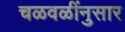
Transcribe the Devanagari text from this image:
चळवळींनुसार